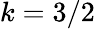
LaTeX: k=3/2